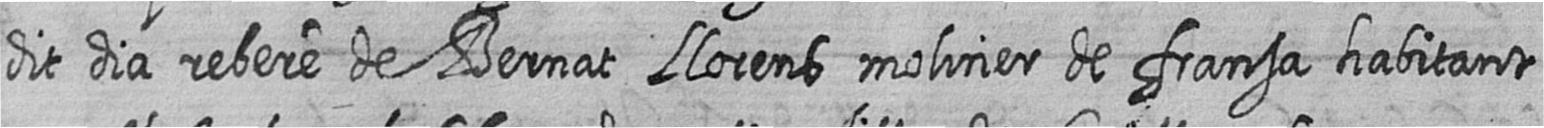
dit dia rebere de Bernat Llorens moliner de fransa habitant